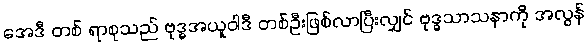
အေဒီ တစ် ရာစုသည် ဗုဒ္ဓအယူဝါဒီ တစ်ဦးဖြစ်လာပြီးလျှင် ဗုဒ္ဓသာသနာကို အလွန်